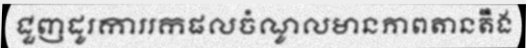
ជួញដូរការរកផលចំណូលមានភាពតានតឹង